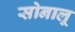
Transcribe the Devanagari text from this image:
सोनालू